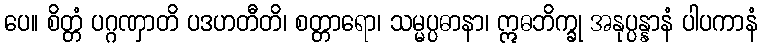
ပေ။ စိတ္တံ ပဂ္ဂဏှာတိ ပဒဟတီတိ၊ စတ္တာရော၊ သမ္မပ္ပဓာနာ၊ ဣဓဘိက္ခု အနုပ္ပန္နာနံ ပါပကာနံ